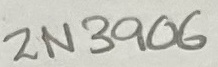
Text: 2N3906